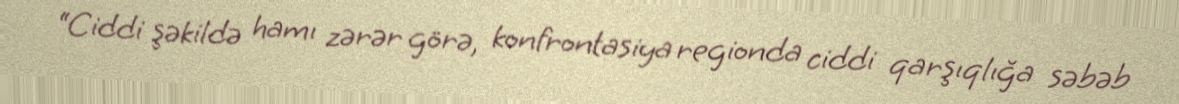
“Ciddi şəkildə hamı zərər görə, konfrontasiya regionda ciddi qarşıqlığa səbəb